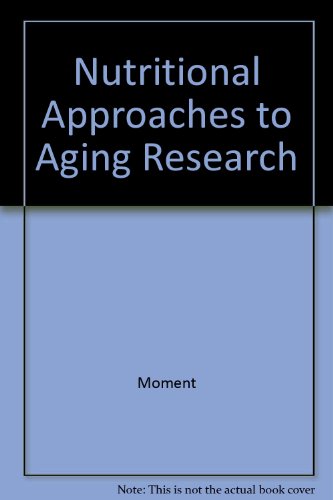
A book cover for Nutritional Approaches To Aging Research (CRC series in aging); Health, Fitness & Dieting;